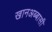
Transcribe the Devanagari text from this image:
खानअब्बासी